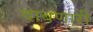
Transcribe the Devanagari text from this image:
दाबणारी